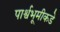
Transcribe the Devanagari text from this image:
पार्श्वभूमीकडे